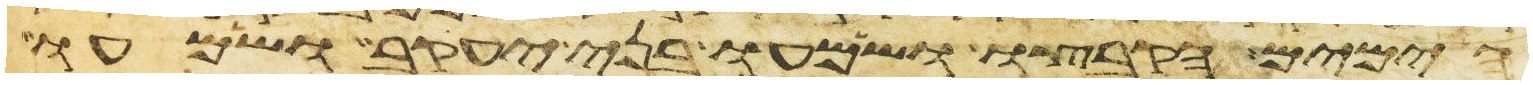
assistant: הימים הקבצו ושמעו בני יעקב ושמעו